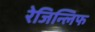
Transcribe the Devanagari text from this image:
रेजिन्लिफ